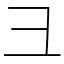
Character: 彐